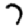
Digit: 7